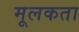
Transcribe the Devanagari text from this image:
मूलकता